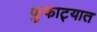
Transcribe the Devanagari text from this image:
फुफाट्यात